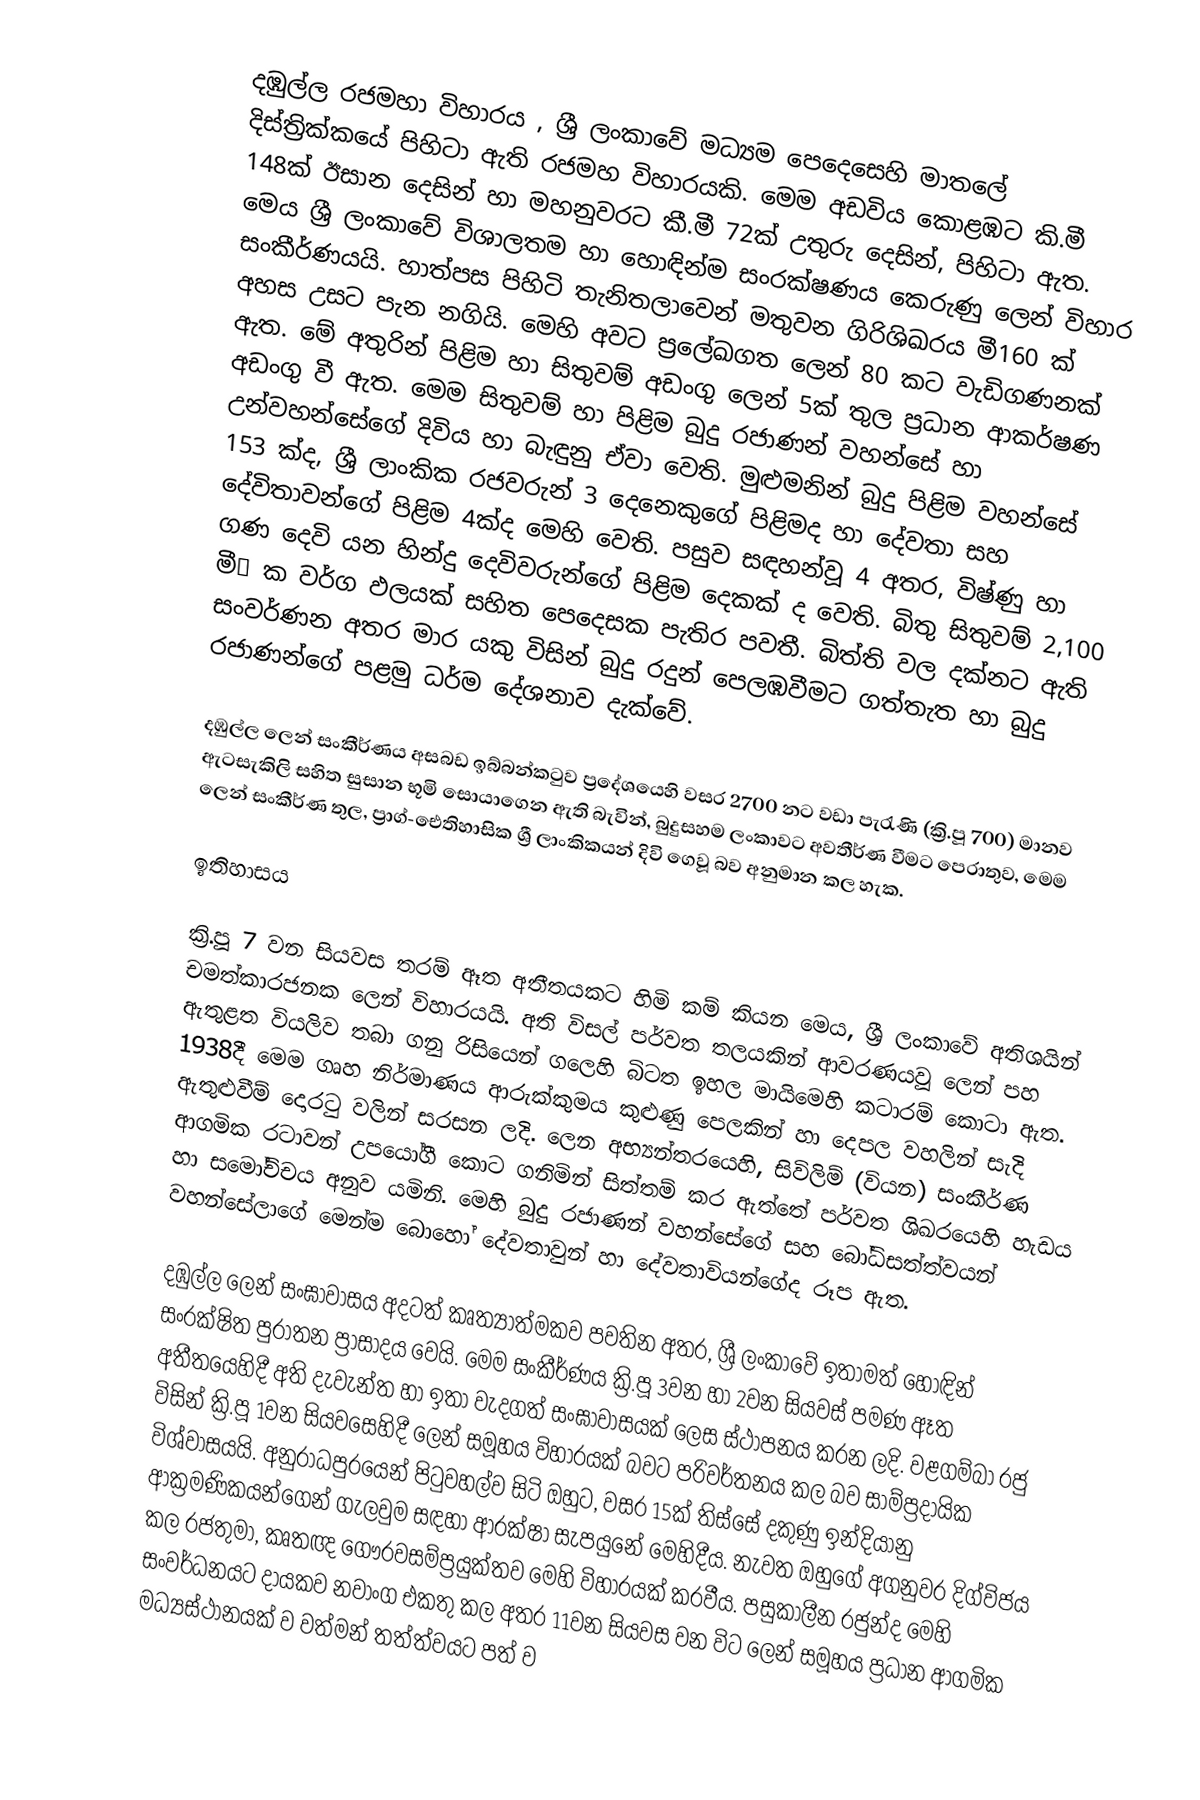
දඹුල්ල රජමහා විහාරය , ශ්‍රී ලංකාවේ මධ්‍යම පෙදෙසෙහි මාතලේ දිස්ත්‍රික්කයේ පිහිටා ඇති රජමහ විහාරයකි. මෙම අඩවිය කොළඹට කි.මී 148ක් ඊසාන දෙසින් හා මහනුවරට කී.මී 72ක් උතුරු දෙසින්, පිහිටා ඇත. මෙය ශ්‍රී ලංකාවේ විශාලතම හා හොඳින්ම සංරක්ෂණය කෙරුණු ලෙන් විහාර සංකීර්ණයයි. හාත්පස පිහිටි තැනිතලාවෙන් මතුවන ගිරිශිඛරය මී160 ක් අහස උසට පැන නගියි. මෙහි අවට ප්‍රලේඛගත ලෙන් 80 කට වැඩිගණනක් ඇත. මේ අතුරින් පිළිම හා සිතුවම් අඩංගු ලෙන් 5ක් තුල ප්‍රධාන ආකර්ෂණ අඩංගු වී ඇත. මෙම සිතුවම් හා පිළිම බුදු රජාණන් වහන්සේ හා උන්වහන්සේගේ දිවිය හා බැඳුනු ඒවා වෙති. මුළුමනින් බුදු පිළිම වහන්සේ 153 ක්ද, ශ්‍රී ලාංකික රජවරුන් 3 දෙනෙකුගේ පිළිමද හා දේවතා සහ දේවිතාවන්ගේ පිළිම 4ක්ද මෙහි වෙති. පසුව සඳහන්වූ 4 අතර, විෂ්ණු හා ගණ දෙවි යන හින්දු දෙවිවරුන්ගේ පිළිම දෙකක් ද වෙති. බිතු සිතුවම් 2,100 මී² ක වර්ග ඵලයක් සහිත පෙදෙසක පැතිර පවතී. බිත්ති වල දක්නට ඇති සංවර්ණන අතර මාර යකු විසින් බුදු රදුන් පෙලඹවීමට ගත්තැත හා බුදු රජාණන්ගේ පළමු ධර්ම දේශනාව දැක්වේ.

දඹුල්ල ලෙන් සංකීර්ණය අසබඩ ඉබ්බන්කටුව ප්‍රදේශයෙහි වසර 2700 නට වඩා පැරැණි (ක්‍රි.පූ 700) මානව ඇටසැකිලි සහිත සුසාන භූමි සොයාගෙන ඇති බැවින්, බුදුසහම ලංකාවට අවතීර්ණ වීමට පෙරාතුව, මෙම ලෙන් සංකීර්ණ තුල, ප්‍රාග්-ඓතිහාසික ශ්‍රී ලාංකිකයන් දිවි ගෙවූ බව අනුමාන කල හැක.

ඉතිහාසය

ක්‍රි.පූ 7 වන සියවස තරම් ඈත අතීතයකට හිමි කම් කියන මෙය, ශ්‍රී ලංකාවේ අතිශයින් චමත්කාරජනක ලෙන් විහාරයයි. අති විසල් පර්වත තලයකින් ආවරණයවූ ලෙන් පහ ඇතුළත වියලිව තබා ගනු රිසියෙන් ගලෙහි බිටත ඉහල මායිමෙහි කටාරම් කොටා ඇත. 1938දී මෙම ගෘහ නිර්මාණය ආරුක්කුමය කුළුණු පෙලකින් හා දෙපල වහලින් සැදි ඇතුළුවීම් දොරටු වලින් සරසන ලදි. ලෙන අභ්‍යන්තරයෙහි, සිවිලිම් (වියන) සංකීර්ණ ආගමික රටාවන් උපයෝගී කොට ගනිමින් සිත්තම් කර ඇත්තේ පර්වත ශිඛරයෙහි හැඩය හා සමෝච්චය අනුව යමිනි. මෙහි බුදු රජාණන් වහන්සේගේ සහ බෝධිසත්ත්වයන් වහන්සේලාගේ මෙන්ම බොහෝ දේවතාවුන් හා දේවතාවියන්ගේද රූප ඇත.

දඹුල්ල ලෙන් සංඝාවාසය අදටත් කෘත්‍යාත්මකව පවතින අතර, ශ්‍රී ලංකාවේ ඉතාමත් හොඳින් සංරක්ෂිත පුරාතන ප්‍රාසාදය වෙයි. මෙම සංකීර්ණය ක්‍රි.පූ 3වන හා 2වන සියවස් පමණ ඈත අතීතයෙහිදී අති දැවැන්ත හා ඉතා වැදගත් සංඝාවාසයක් ලෙස ස්ථාපනය කරන ලදි. වළගම්බා රජු විසින් ක්‍රි.පූ 1වන සියවසෙහිදී ලෙන් සමූහය විහාරයක් බවට පරිවර්තනය කල බව සාම්ප්‍රදායික විශ්වාසයයි. අනුරාධපුරයෙන් පිටුවහල්ව සිටි ඔහුට, වසර 15ක් තිස්සේ දකුණු ඉන්දියානු ආක්‍රමණිකයන්ගෙන් ගැලවුම සඳහා ආරක්ෂා සැපයුනේ මෙහිදීය. නැවත ඔහුගේ අගනුවර දිග්විජය කල රජතුමා, කෘතඥ ගෞරවසම්ප්‍රයුක්තව මෙහි විහාරයක් කරවීය. පසුකාලීන රජුන්ද මෙහි සංවර්ධනයට දායකව නවාංග එකතු කල අතර 11වන සියවස වන විට ලෙන් සමූහය ප්‍රධාන ආගමික මධ්‍යස්ථානයක් ව වත්මන් තත්ත්වයට පත් ව